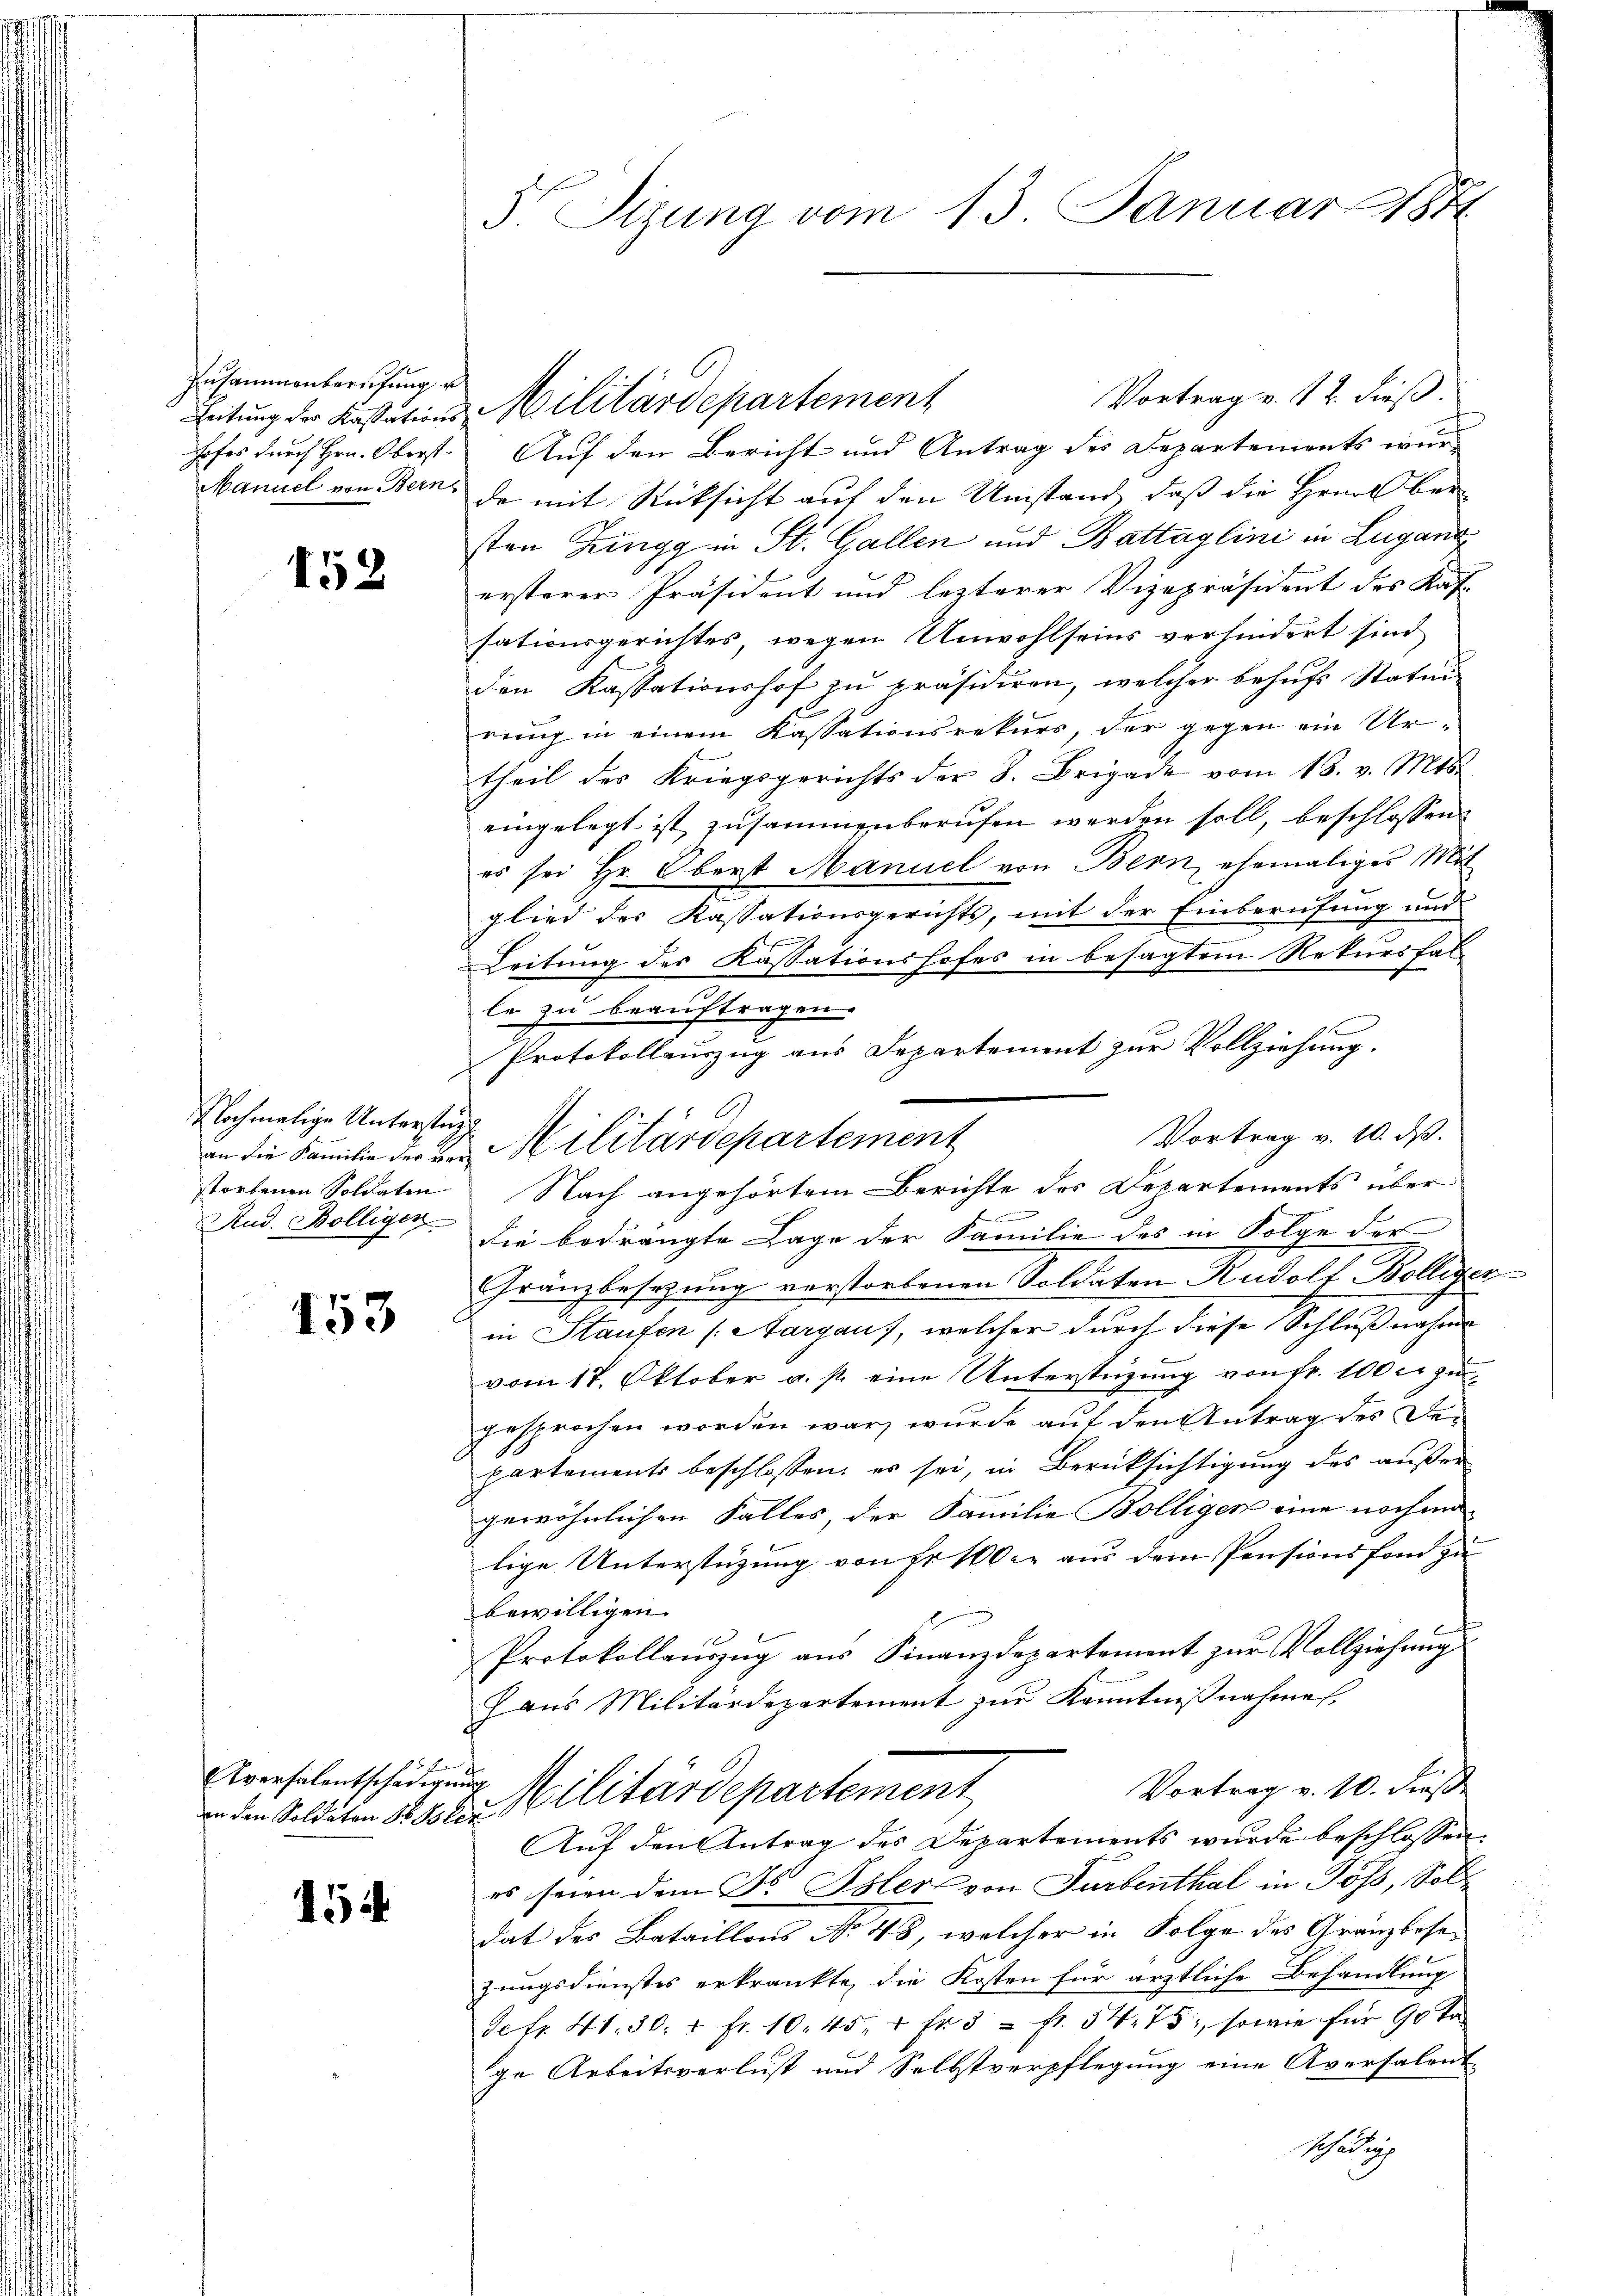
Zusammenberufung e
hofes durch Hrn. Oberst

152

Nochmalige Unterstütz
storbenen Soldaten
Rud. Bolligen

153

Aversalentschädige

154

5 Sizung vom 13. Januar 1884

Vortrag v. 12. dieß.
Auf den Bericht und Antrag des Departements wer
Manuel von Bern, de mit Rücksicht auf den Umstand, daß die Herrlber
sten Zingg in St. Gallen und Battaglini in Lugano
ersterer Präsident und lezterer Vizepräsident des Kaf-
sationsgerichtes, wegen Unwohlseins verhindert sind
den Kassationshof zu präsidiren, welcher behufs Statuirung in einem Kassationsrekurs, der gegen ein Urtheil des Kriegsgerichts der 8. Brigade vom 18. v. Mts.
eingelegt ist zusammenberufen werden soll, beschlossen:
es sei Hr. Oberst Manuel von Bern, ehemaliges Mit
glied des Kassationsgerichts, mit der Einberufung und
Leitung des Kassationshofes in besagtem Rekursfal-
Nach angehörtem Berichte des Departements über
b
die bedrängte Lage der Familie des in Folge der
Gränzbesetzung verstorbenen Soldaten Rudolf Bolliser-
in Staufen (Aargaus, welcher durch diese Schlußnahme
vom 17. Oktober a. p. eine Unterstüzung von fr. 100 rt zu
gesprochen worden war, wurde auf den Antrag des Departements beschlossen, es sei, in Berücksichtigung des außer
gewöhnlichen Falles, der Familie Bolliger eine nochm
lige Unterstüzung von Fr. 100. aus dem Pensionsfond zu
bewilligen.
Protokollauszug aus Finanzdepartement zur Vollziehung
Haus Militärdepartement zur Kenntnißnahme,
h
Vortrag v. 10. Fuß
in den Soldaten 1888 Militärdepartement
Auf den Antrag des Departements wurde beschlossen:
es seien dem Fr. Isler von Turbenthal in Pöss, Soll
dat des Bataillons No 48, welcher in Folge des Gränzbese
zungsdienstes erkrankte, die Kosten für ärztliche Behandlung
Sekr. 41. 30. v. fr. 10. 45. 4 fr 5 = Fr. 54. 75, sowie für 90 Ta
ge Arbeitsverlust und Selbstverpflegung eine Aversalent
Schädig

Leitung der Kassations Militärdepartement

le zu beauftragen.
Protokollauszug aus Departement zur Vollziehung.
Vortrag v. 10. ds.
an die Familie der und Militärdepartement